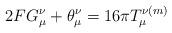
LaTeX: \begin{align*}2FG_{\mu }^{\nu }+\theta _{\mu }^{\nu }=16\pi T_{\mu }^{\nu (m)} \end{align*}